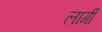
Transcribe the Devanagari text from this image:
लार्गी